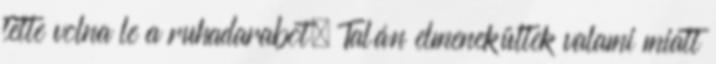
tette volna le a ruhadarabot. Talán elmenekültek valami miatt